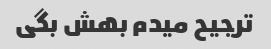
ترجیح میدم بهش بگی